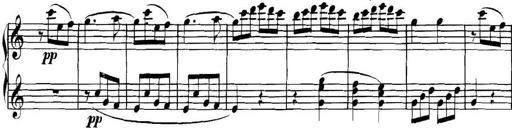
Title: Collected Piano Sonatas
Composer: Muzio Clementi